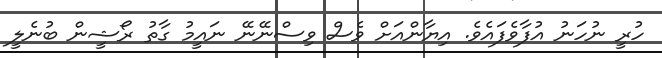
ހުރީ ނުހަނު އުފާވެފައެވެ. އިޔާންއަށް ވެސް ވިސްނޭނޭ ނައީމު ގާތު ރޯޝީން ބުނެލީ